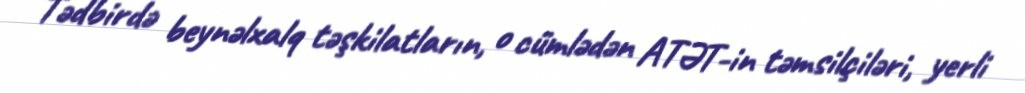
Tədbirdə beynəlxalq təşkilatların, o cümlədən ATƏT-in təmsilçiləri, yerli